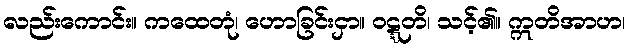
လည်းကောင်း။ ကထေတုံ၊ ဟောခြင်းငှာ။ ဝဋ္ဋတိ၊ သင့်၏။ ဣတိအာဟ၊